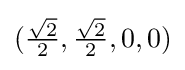
({\tfrac {\sqrt {2}}{2}},{\tfrac {\sqrt {2}}{2}},0,0)